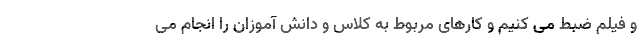
و فیلم ضبط می کنیم و کارهای مربوط به کلاس و دانش آموزان را انجام می